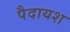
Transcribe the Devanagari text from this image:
पैदायश